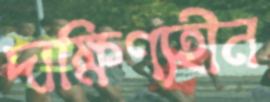
দাক্ষিণ্যহীন